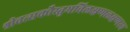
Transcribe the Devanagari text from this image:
श्रीवत्सकौस्तुभविलक्षणलक्षणस्य